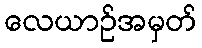
လေယာဉ်အမှတ်